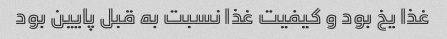
غذا یخ بود و کیفیت غذا نسبت به قبل پایین بود